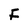
Character: F